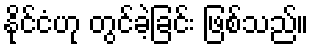
နိုင်ငံဟု တွင်ခဲ့ခြင်း ဖြစ်သည်။